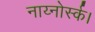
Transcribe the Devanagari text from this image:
नाय्नोर्स्क।